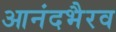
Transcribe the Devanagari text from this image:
आनंदभैरव